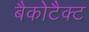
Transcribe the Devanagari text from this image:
बैकोटैक्ट